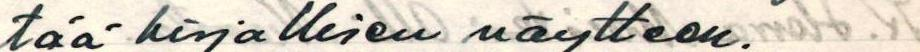
tää kirjallisen näytteen.